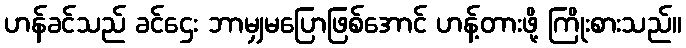
ဟန်ခင်သည် ခင်ဌေး ဘာမျှမပြောဖြစ်အောင် ဟန့်တားဖို့ ကြိုးစားသည်။